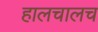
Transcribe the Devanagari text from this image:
हालचालच